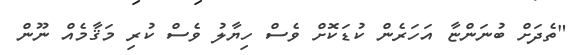
"ތެދަށް ބުނަންޏާ އަހަރެން ކުޑަކޮށް ވެސް ހިޔާލު ވެސް ކުރި މަޤާމެއް ނޫން